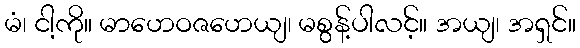
မံ၊ ငါ့ကို။ မာဟေဝဇဟေယျ၊ မစွန့်ပါလင့်။ အယျ၊ အရှင်။